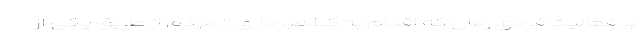
بر فعالیت فردی رمال که اقدام به کلاهبرداری از مردم از طریق یکی از